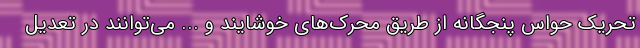
تحریک حواس پنجگانه از طریق محرک‌های خوشایند و ... می‌توانند در تعدیل